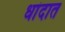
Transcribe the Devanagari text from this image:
धांदात